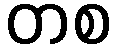
တစ